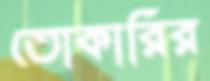
তোকারির